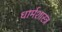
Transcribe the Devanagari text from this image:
धार्मशास्त्र